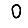
Digit: 0